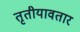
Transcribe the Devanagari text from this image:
तृतीयावतार